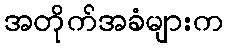
အတိုက်အခံများက